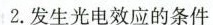
2.发生光电效应的条件